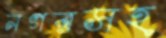
নগরসহ